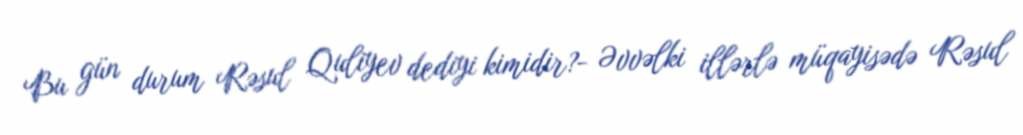
Bu gün durum Rəsul Quliyev dediyi kimidir?- Əvvəlki illərlə müqayisədə Rəsul